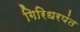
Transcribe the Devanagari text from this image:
गिरिधरपंत